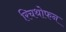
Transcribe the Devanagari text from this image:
रिचथोफन